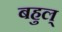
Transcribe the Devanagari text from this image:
बहुल्